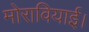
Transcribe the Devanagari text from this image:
मोरावियाई।